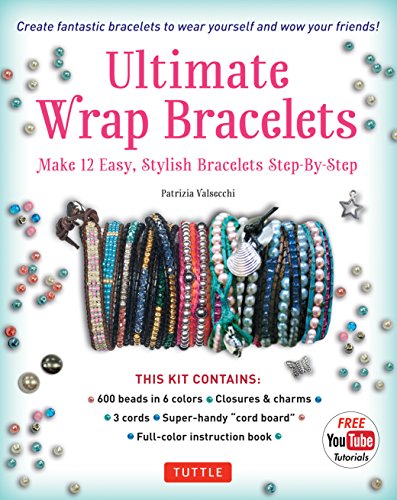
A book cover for Ultimate Wrap Bracelets: Make 12 Easy, Stylish Bracelets Step-by-Step(Includes 600 Beads, 48pp Book; Closures & Charms, Cords & Video Tutorial); Patrizia Valsecchi; Crafts, Hobbies & Home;